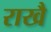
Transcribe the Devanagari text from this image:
राखै